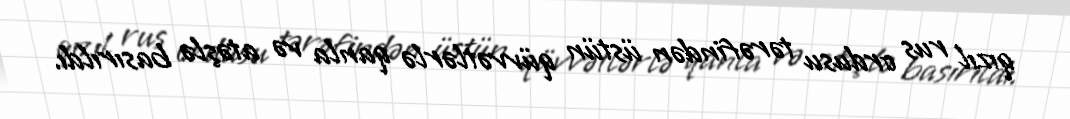
qızıl rus ordusu tərəfindən üstün qüvvətlərlə qanla və atəşlə basırıldı.